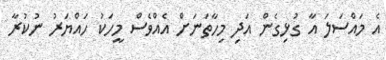
އެ މައްސަލަ އާ ގުޅިގެން އަދި މިހާތަނަށް އެއްވެސް މީހަކު ހައްޔަރު ނުކުރާ